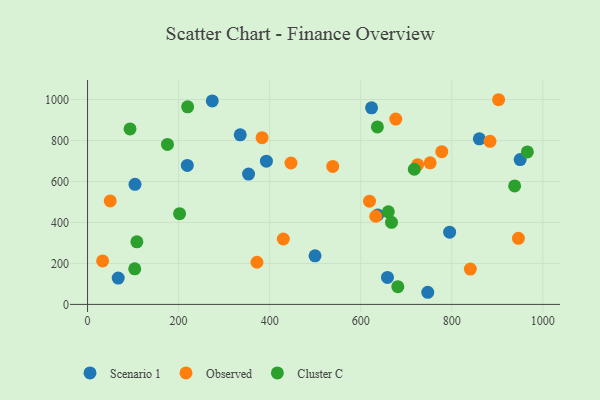
{"axis": {"x": "Engine Size", "y": "Salary"}, "legend": ["Cluster C", "Observed", "Scenario 1"], "data": [{"x": "637.3", "y": 436.9, "type": "Scenario 1"}, {"x": "860.5", "y": 808.1, "type": "Scenario 1"}, {"x": "219.1", "y": 678.3, "type": "Scenario 1"}, {"x": "795.2", "y": 352.5, "type": "Scenario 1"}, {"x": "273.9", "y": 993.4, "type": "Scenario 1"}, {"x": "747.2", "y": 59.2, "type": "Scenario 1"}, {"x": "335.3", "y": 827.8, "type": "Scenario 1"}, {"x": "353.6", "y": 636.3, "type": "Scenario 1"}, {"x": "623.8", "y": 959.4, "type": "Scenario 1"}, {"x": "658.7", "y": 131.7, "type": "Scenario 1"}, {"x": "67.3", "y": 128.6, "type": "Scenario 1"}, {"x": "104.2", "y": 585.9, "type": "Scenario 1"}, {"x": "950.1", "y": 707.1, "type": "Scenario 1"}, {"x": "392.8", "y": 699.0, "type": "Scenario 1"}, {"x": "499.6", "y": 237.0, "type": "Scenario 1"}, {"x": "49.8", "y": 505.2, "type": "Observed"}, {"x": "383.3", "y": 813.7, "type": "Observed"}, {"x": "538.5", "y": 673.6, "type": "Observed"}, {"x": "372.1", "y": 205.7, "type": "Observed"}, {"x": "676.9", "y": 904.7, "type": "Observed"}, {"x": "633.0", "y": 430.2, "type": "Observed"}, {"x": "902.8", "y": 999.1, "type": "Observed"}, {"x": "883.9", "y": 796.2, "type": "Observed"}, {"x": "430.0", "y": 319.2, "type": "Observed"}, {"x": "946.3", "y": 322.6, "type": "Observed"}, {"x": "840.7", "y": 172.3, "type": "Observed"}, {"x": "752.5", "y": 691.2, "type": "Observed"}, {"x": "619.2", "y": 504.0, "type": "Observed"}, {"x": "725.0", "y": 681.9, "type": "Observed"}, {"x": "778.0", "y": 745.6, "type": "Observed"}, {"x": "446.8", "y": 690.3, "type": "Observed"}, {"x": "33.1", "y": 212.2, "type": "Observed"}, {"x": "938.0", "y": 578.5, "type": "Cluster C"}, {"x": "966.0", "y": 744.3, "type": "Cluster C"}, {"x": "108.3", "y": 305.5, "type": "Cluster C"}, {"x": "681.4", "y": 86.4, "type": "Cluster C"}, {"x": "175.5", "y": 781.1, "type": "Cluster C"}, {"x": "667.6", "y": 400.5, "type": "Cluster C"}, {"x": "93.3", "y": 856.8, "type": "Cluster C"}, {"x": "219.8", "y": 964.2, "type": "Cluster C"}, {"x": "103.6", "y": 173.7, "type": "Cluster C"}, {"x": "636.6", "y": 866.1, "type": "Cluster C"}, {"x": "717.7", "y": 659.8, "type": "Cluster C"}, {"x": "202.1", "y": 442.8, "type": "Cluster C"}, {"x": "660.6", "y": 452.0, "type": "Cluster C"}]}